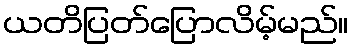
ယတိပြတ်ပြောလိမ့်မည်။